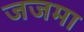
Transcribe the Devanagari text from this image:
जजमा